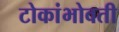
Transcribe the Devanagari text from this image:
टोकांभोवती